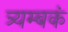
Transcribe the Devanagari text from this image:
त्र्यम्‍बकं